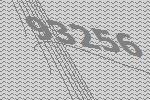
93256